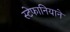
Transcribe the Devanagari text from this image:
स्टेफानियाने